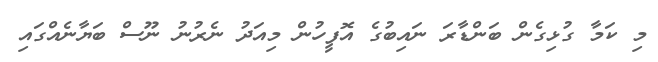
މި ކަމާ ގުޅިގެން ބަންޑާރަ ނައިބުގެ އޮފީހުން މިއަދު ނެރުނު ނޫސް ބަޔާނެއްގައި